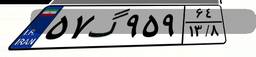
۵۷گ۹۵۹۶۴